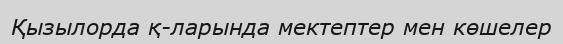
Қызылорда қ-ларында мектептер мен көшелер